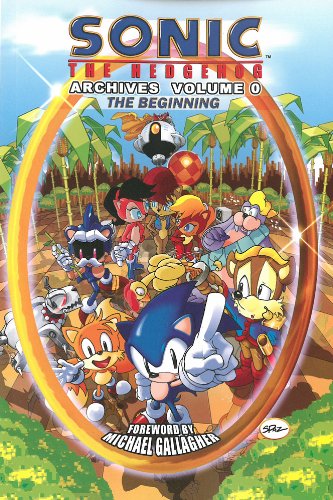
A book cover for Sonic the Hedgehog Archives, Vol. 0: The Beginning; Sonic Scribes; Children's Books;